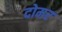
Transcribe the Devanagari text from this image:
दोमर